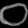
Digit: ၀